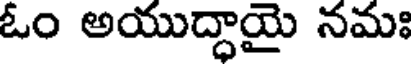
ఓం అయుద్ధాయై నమః